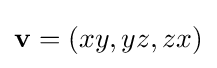
{\bf {v}}=(xy,yz,zx)